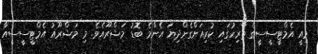
މިއީ އެމްޓީސީސީގެ ތާރިހުގައި ކުރިއަށްގެންދިޔަ އެންމެ ބޮޑު މަޝްރޫއެވެ. މި މަޝްރޫއު އެމްޓީސީސީއާ